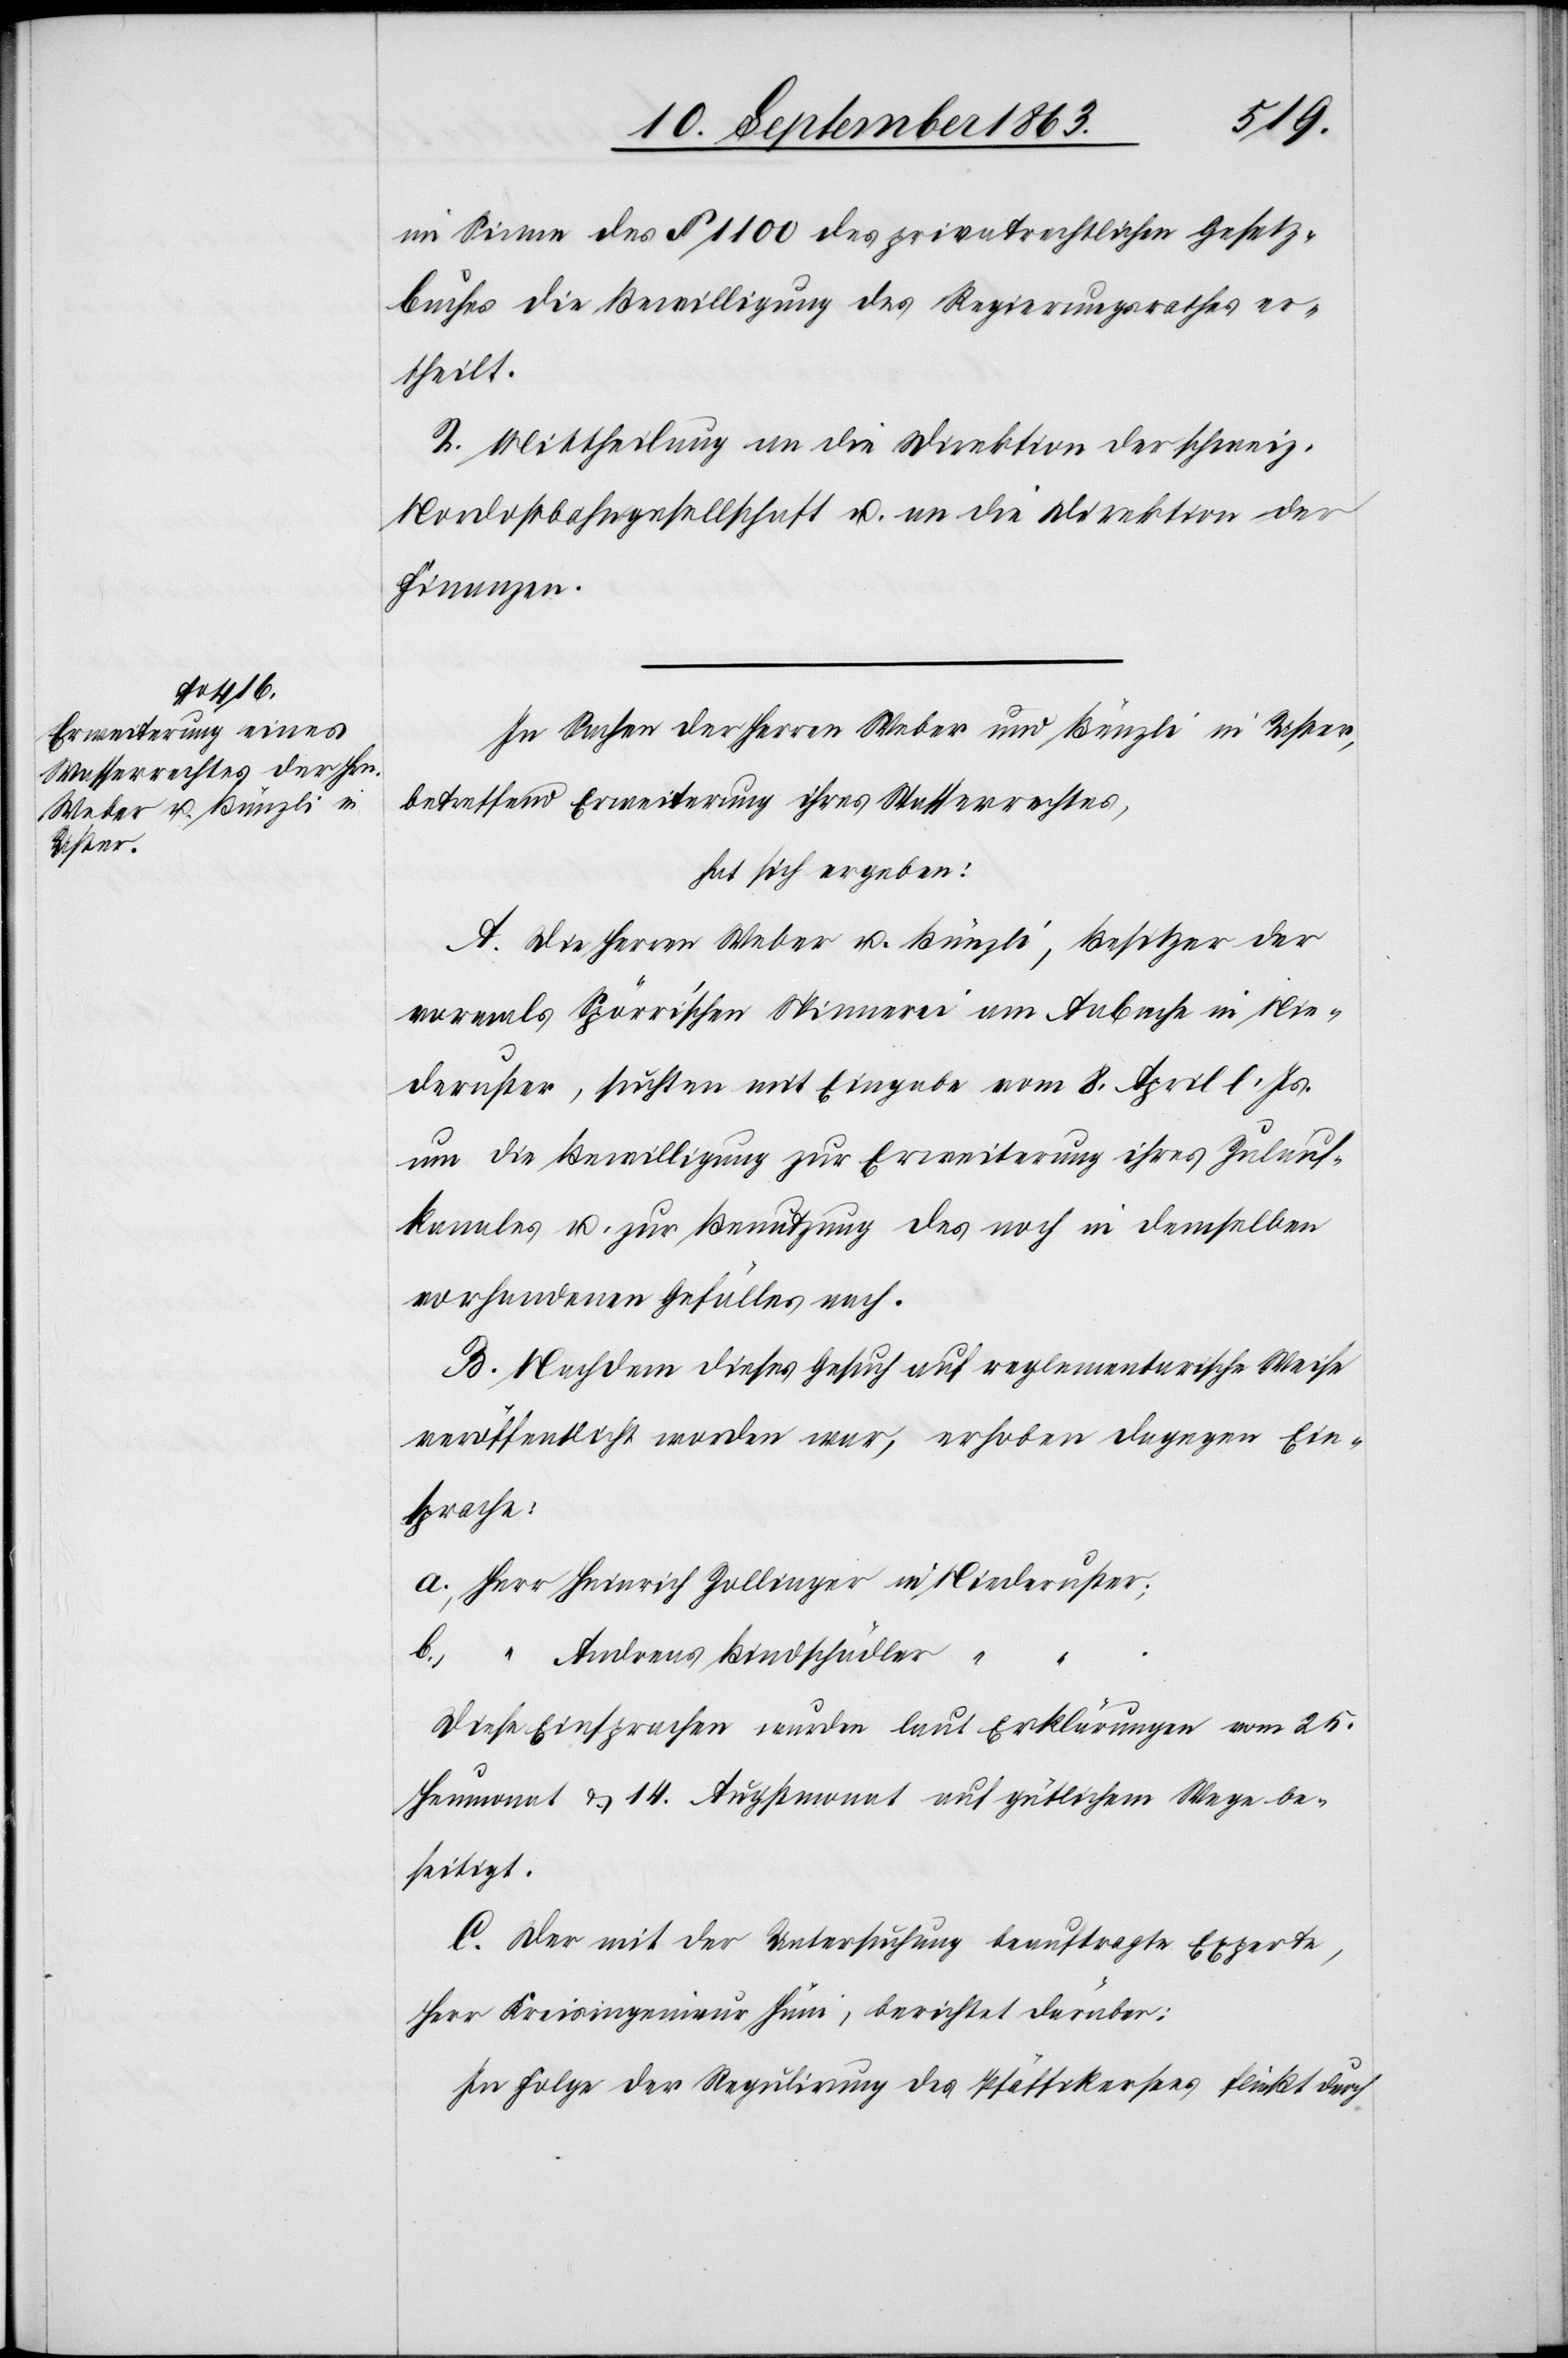
im Sinne des § 1100 des privatrechtlichen Gesetz¬
buches die Bewilligung des Regierungsrathes er¬
theilt.
2. Mittheilung an die Direktion der schweiz.
Nordostbahngesellschaft u. an die Direktion der
Finanzen.
In Sachen der Herren Weber und Bünzli in Uster,
betreffend Erweiterung ihres Wasserrechtes,
hat sich ergeben:
A. Die Herren Weber u. Bünzli, Besitzer der
vormals Spörri'schen Spinnerei am Aabache in Nie¬
deruster, suchten mit Eingabe vom 8. April l. Js.
um die Bewilligung zur Erweiterung ihres Zulauf¬
kanales u. zur Benutzung des noch in demselben
vorhandenen Gefälles nach.
B. Nachdem dieses Gesuch auf reglementarische Weise
veröffentlich worden war, erhoben dagegen Ein¬
sprache:
a.) Herr Heinrich Zollinger 	in Niederuster;
b.)	“	Andreas Bindschädler
Diese Einsprachen wurden laut Erklärungen vom 25.
Heumonat & 14. Augstmonat auf gütlichem Wege be¬
seitigt.
C. Der mit der Unterstützung beauftragte Experte,
Herr Kreisingenieur Hüni, berichtet darüber:
In Folge der Regulirung des Pfäffikersees fließt durch